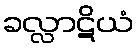
ခလ္လာဋိယံ